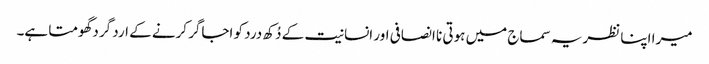
میرا اپنا نظریہ سماج میں ہوتی نا انصافی اور انسانیت کے دُکھ درد کو اجاگر کرنے کے ارد گرد گھومتا ہے۔